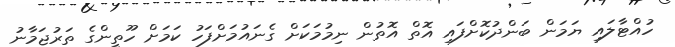
ހުއްޓާލައި ޔަމަން ބަންދުކޮށްފައި އޮތް އޮތުން ނިމުމަކަށް ގެނައުމަށްފަހު ކަމަށް ހޫތީންގެ ތަރުޖަމާނު